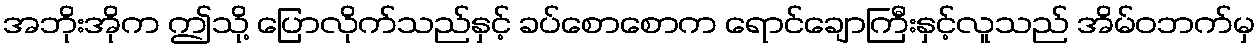
အဘိုးအိုက ဤသို့ ပြောလိုက်သည်နှင့် ခပ်စောစောက ရောင်ချောကြီးနှင့်လူသည် အိမ်ဝဘက်မှ